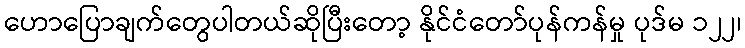
ဟောပြောချက်တွေပါတယ်ဆိုပြီးတော့ နိုင်ငံတော်ပုန်ကန်မှု ပုဒ်မ ၁၂၂၊